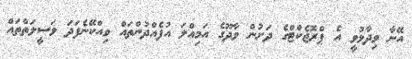
އޭނާ ވިދާޅުވީ އެ ޕްރޮޖެކްޓްގެ ދަށުން ވާދޫގެ އަމިއްލަ އުފެއްދުންތައް ވިއްކޭނެފަދަ ވަސީލަތްތައް